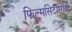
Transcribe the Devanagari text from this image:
फिल्मसिटीसाठी